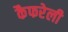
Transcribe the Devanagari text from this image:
कैफरेली